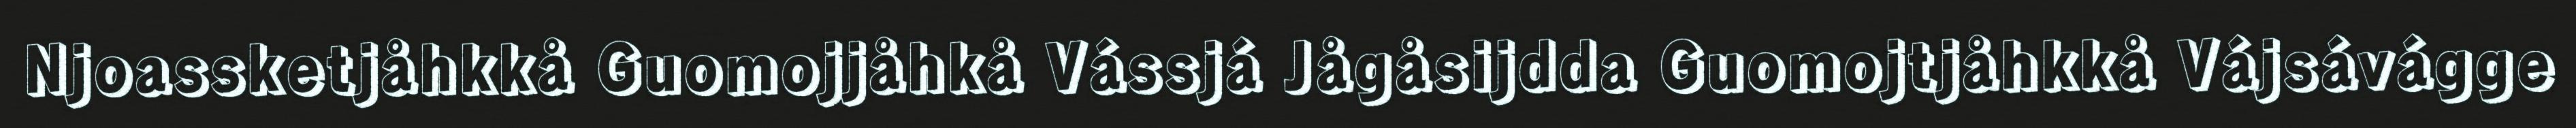
Njoassketjåhkkå Guomojjåhkå Vássjá Jågåsijdda Guomojtjåhkkå Vájsávágge